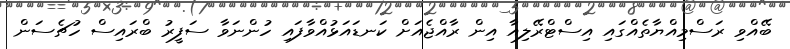
ބޭއްވި ރަސްމިއްޔާތެއްގައި އިސްޓްރޭލިއާ އިން ރާއްޖެއަށް ކަނޑައަޅުއްވާފައި ހުންނަވާ ސަފީރު ބްރައިސް ހުޗެސަން